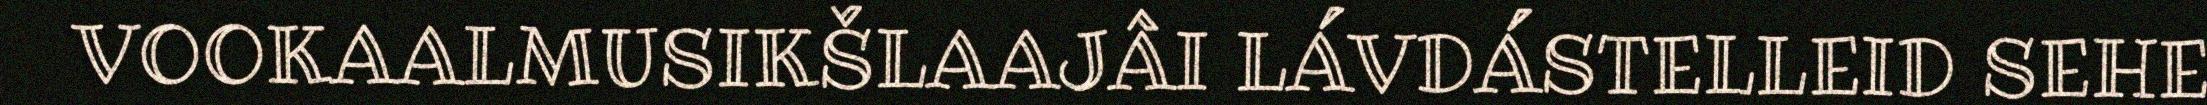
VOOKAALMUSIKŠLAAJÂI LÁVDÁSTELLEID SEHE